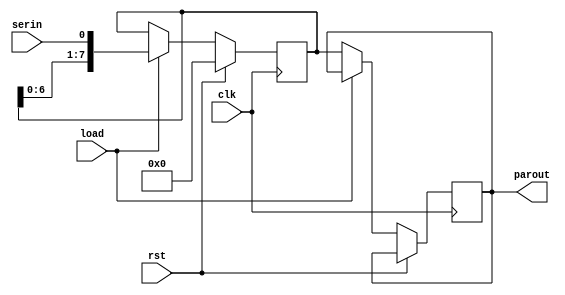
`timescale 1ns / 1ps

module s2p #(parameter width = 8)(serin, clk, parout,rst, load);

 input wire serin; //input serial data
 input rst; // reset pin
 input clk; // clock input
 output reg [width-1:0] parout;  // parallel output data
 input load;  // load input
 reg [width-1:0] bufferreg; // buffer register
 
always@(posedge clk)
begin
      if(rst == 1)  //if reset than parallel output is 0
           begin
               bufferreg = 0;
           end
       else if(load) //if load=1 store serial data in buffer register
           begin
               bufferreg <= {bufferreg[width-2:0],serin}; //append serial input bit to MSB of buffer register
           end
       else if(load ==0)
           parout<= bufferreg; //assign buffer register to parallel output  
end
endmodule